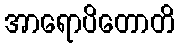
အာရောပိတောတိ